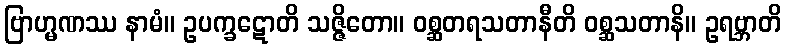
ဗြာဟ္မဏဿ နာမံ။ ဥပက္ခဋောတိ သဇ္ဇိတော။ ဝစ္ဆတရသတာနီတိ ဝစ္ဆသတာနိ။ ဥရဗ္ဘာတိ